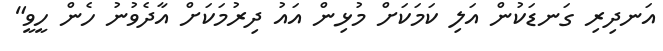
އަނދިރި ގަނޑަކުން އަލި ކަމަކަށް މުޅިން އައު ދިރުމަކަށް އާދެވުނު ހެން ހީވީ"